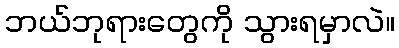
ဘယ်ဘုရားတွေကို သွားရမှာလဲ။